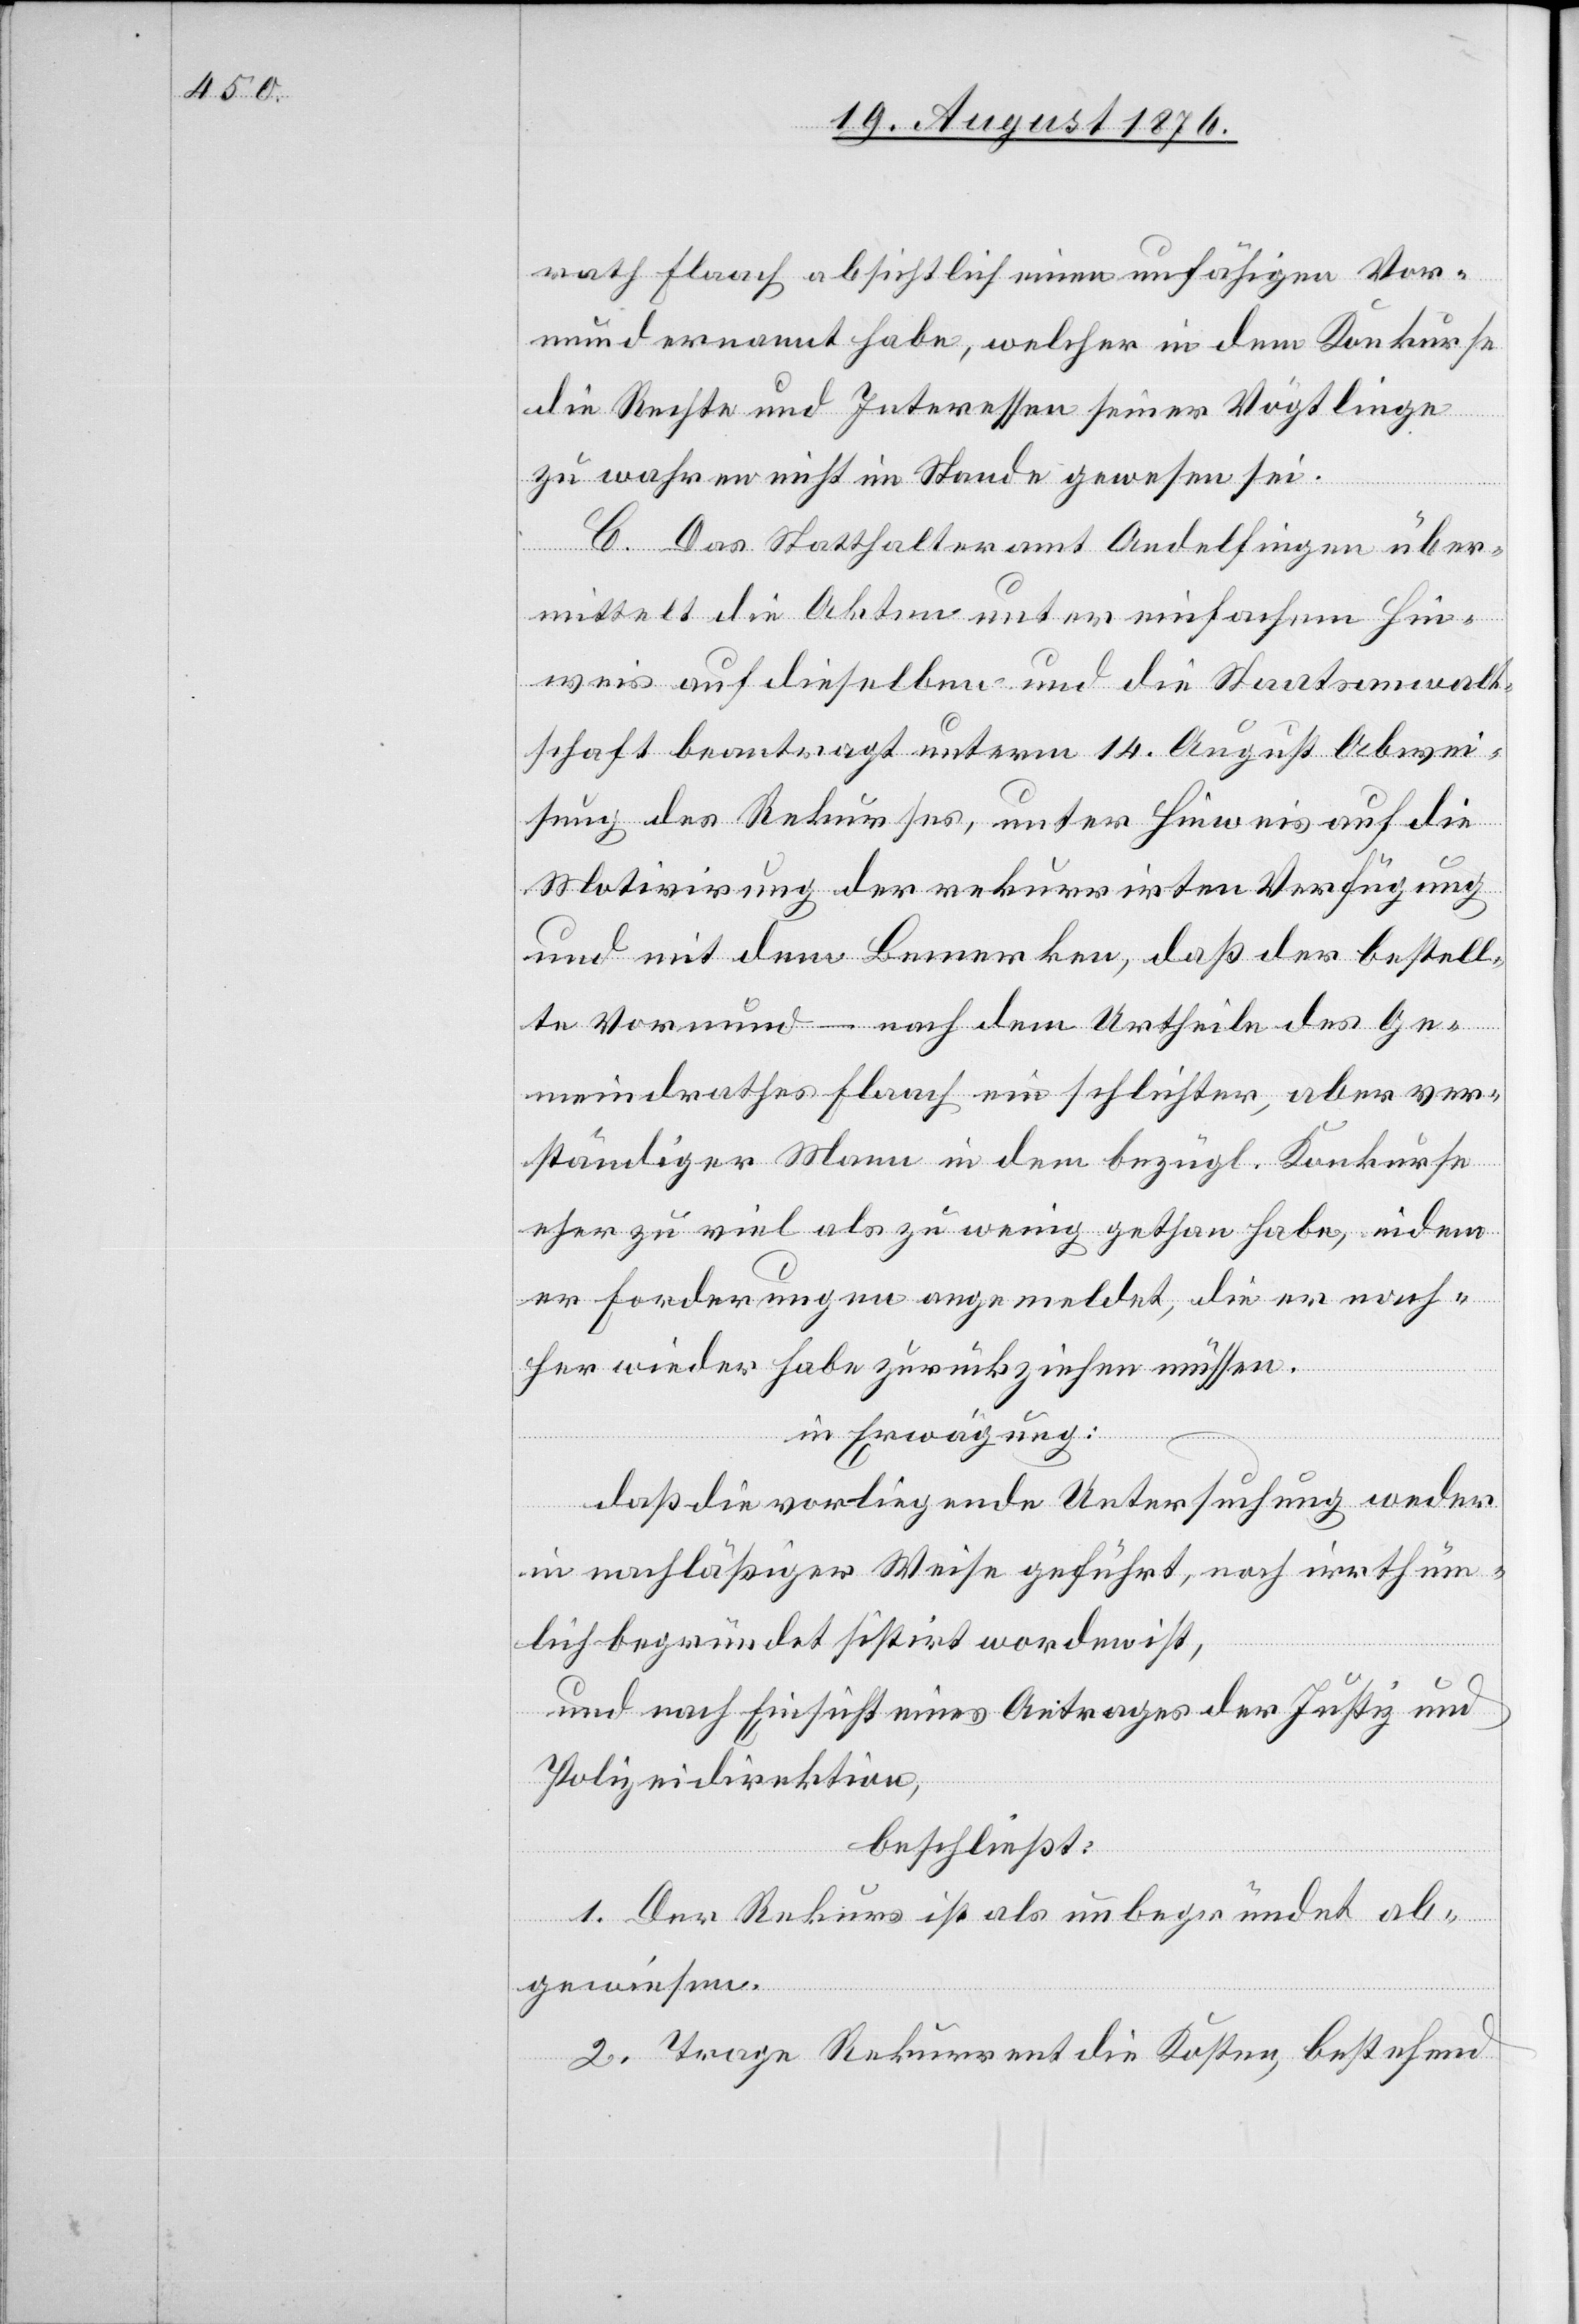
rath Flaach absichtlich einen unfähigen Vor¬
mund ernannt habe, welcher in dem Konkurse
die Rechte und Interessen seiner Vögtlinge
zu wahren nicht im Stande gewesen sei.
C. Das Statthalteramt Andelfingen über¬
mittelt die Akten unter einfachem Hin¬
weis auf dieselben und die Staatsanwalt¬
schaft beantragt unterm 14. August Abwei¬
sung des Rekurses, unter Hinweis auf die
Motivirung der rekurrirten Verfügung
und mit dem Bemerken, daß der bestell¬
te Vormund – nach dem Urtheile des Ge¬
meindrathes Flaach ein schlichter, aber ver¬
ständiger Mann [der] in dem bezügl. Konkurse
eher zu viel als zu wenig gethan habe, indem
er Forderungen angemeldet, die er nach¬
her wieder habe zurückziehen müssen.
in Erwägung:
daß die vorliegende Untersuchung weder
in nachläßiger Weise geführt, noch irrthüm¬
lich begründet sistirt worden ist,
und nach Einsicht eines Antrages der Justiz- &
Polizeidirektion,
beschließt:
1. Der Rekurs ist als unbegründet ab¬
gewiesen.
2. Trage Rekurrent die Kosten, bestehend